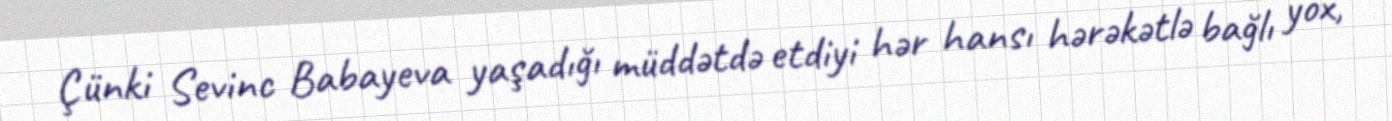
Çünki Sevinc Babayeva yaşadığı müddətdə etdiyi hər hansı hərəkətlə bağlı yox,